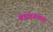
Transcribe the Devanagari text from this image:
वाटावयास